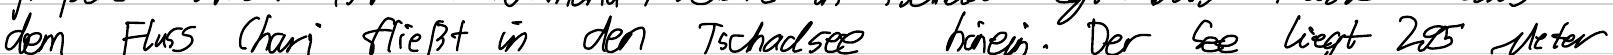
dem Fluss Chari fließt in den Tschadsee hinein. Der See liegt 295 Meter